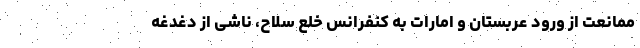
ممانعت از ورود عربستان و امارات به کنفرانس خلع سلاح، ناشی از دغدغه